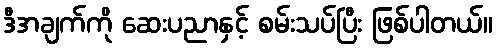
ဒီအချက်ကို ဆေးပညာနှင့် စမ်းသပ်ပြီး ဖြစ်ပါတယ်။